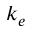
k _ { e }